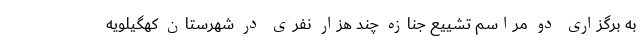
به برگزاری دو مراسم تشییع جنازه چند هزار نفری در شهرستان کهگیلویه